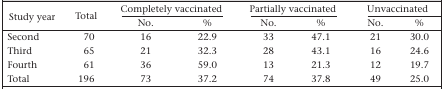
<table><thead><tr><td rowspan="2"><b>Study year</b></td><td rowspan="2"><b>Total</b></td><td colspan="2"><b>Completely vaccinated</b></td><td colspan="2"><b>Partially vaccinated</b></td><td colspan="2"><b>Unvaccinated</b></td></tr><tr><td><b>No.</b></td><td><b>%</b></td><td><b>No.</b></td><td><b>%</b></td><td><b>No.</b></td><td><b>%</b></td></tr></thead><tbody><tr><td>Second</td><td>70</td><td>16</td><td>22.9</td><td>33</td><td>47.1</td><td>21</td><td>30.0</td></tr><tr><td>Third</td><td>65</td><td>21</td><td>32.3</td><td>28</td><td>43.1</td><td>16</td><td>24.6</td></tr><tr><td>Fourth</td><td>61</td><td>36</td><td>59.0</td><td>13</td><td>21.3</td><td>12</td><td>19.7</td></tr><tr><td>Total</td><td>196</td><td>73</td><td>37.2</td><td>74</td><td>37.8</td><td>49</td><td>25.0</td></tr></tbody></table>